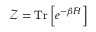
\mathcal { Z } = \mathop { \mathrm { T r } } { \left[ e ^ { - \beta \hat { H } } \right] }